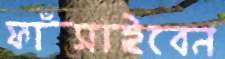
ফাঁসাইবেন